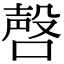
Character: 𪡹